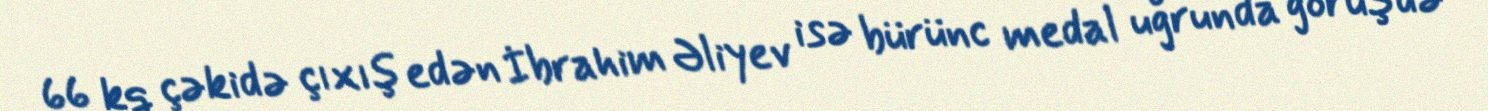
66 kq çəkidə çıxış edən İbrahim Əliyev isə bürünc medal uğrunda görüşdə